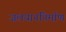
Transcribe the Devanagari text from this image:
जलयाननिर्माण